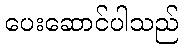
ပေးဆောင်ပါသည်